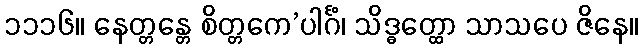
၁၁၁၆။ နေတ္တန္တေ စိတ္တကေ’ပါင်္ဂံ၊ သိဒ္ဓတ္ထော သာသပေ ဇိနေ။